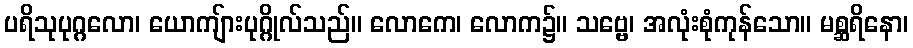
ပရိသုပုဂ္ဂလော၊ ယောကျ်ားပုဂ္ဂိုလ်သည်။ လောကေ၊ လောက၌။ သဗ္ဗေ၊ အလုံးစုံကုန်သော။ မစ္ဆရိနော၊